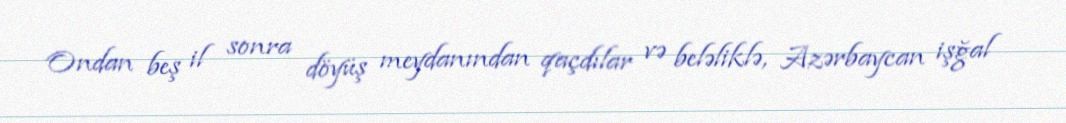
Ondan beş il sonra döyüş meydanından qaçdılar və beləliklə, Azərbaycan işğal